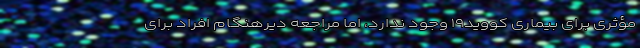
مؤثری برای بیماری کووید۱۹ وجود ندارد، اما مراجعه دیرهنگام افراد برای